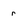
Character: r